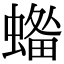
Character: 𧏓